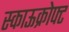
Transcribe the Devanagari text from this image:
स्काऊक्रोफ्ट